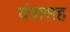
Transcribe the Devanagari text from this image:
यंत्रासह